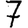
Digit: 7